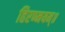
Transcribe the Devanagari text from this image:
हिरण्मयम्॥